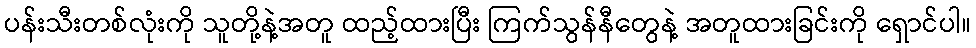
ပန်းသီးတစ်လုံးကို သူတို့နဲ့အတူ ထည့်ထားပြီး ကြက်သွန်နီတွေနဲ့ အတူထားခြင်းကို ရှောင်ပါ။